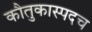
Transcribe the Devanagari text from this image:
कौतुकास्पदच